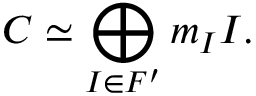
C \simeq \bigoplus _ { I \in F ^ { \prime } } m _ { I } I .